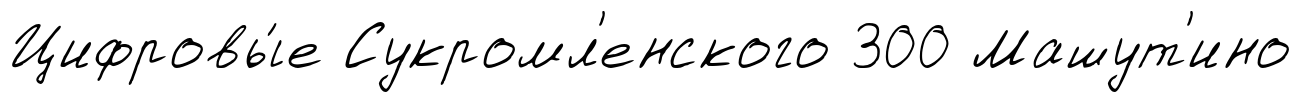
Цифровы́е Сукромл'енского 300 Машут'ино